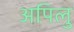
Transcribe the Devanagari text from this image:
अपिलु